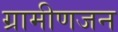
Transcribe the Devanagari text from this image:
ग्रामीणजन